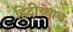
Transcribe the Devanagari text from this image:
हिंदीच्याच